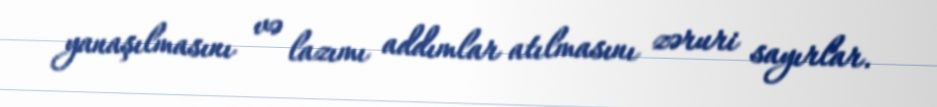
yanaşılmasını və lazımı addımlar atılmasını zəruri sayırlar.